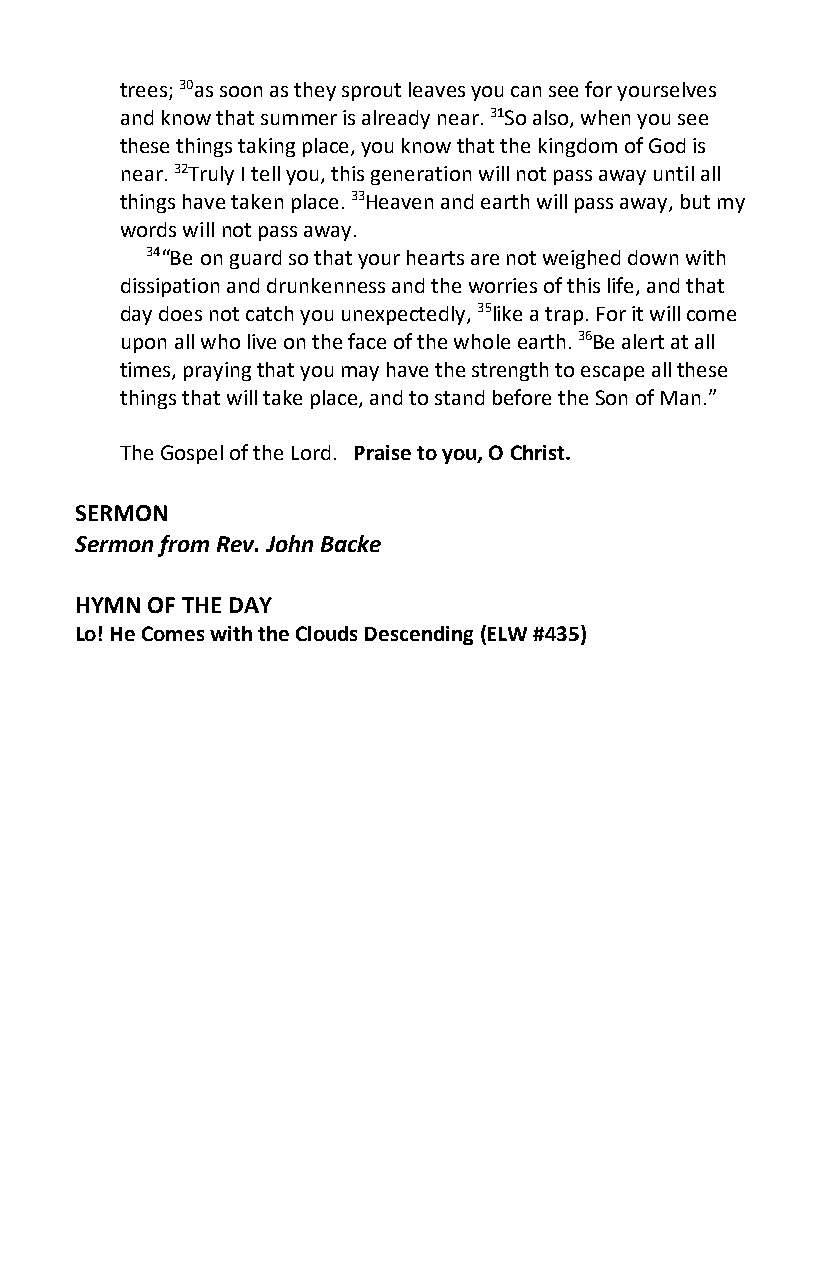
trees; 30as soon as they sprout leaves you can see for yourselves
 and know that summer is already near. 31So also, when you see
 these things taking place, you know that the kingdom of God is
 near. 32Truly I tell you, this generation will not pass away until all
 things have taken place. 33Heaven and earth will pass away, but my
 words will not pass away.
 34“Be on guard so that your hearts are not weighed down with
 dissipation and drunkenness and the worries of this life, and that
 day does not catch you unexpectedly, 35like a trap. For it will come
 upon all who live on the face of the whole earth. 36Be alert at all
 times, praying that you may have the strength to escape all these
 things that will take place, and to stand before the Son of Man.”
 The Gospel of the Lord. Praise to you, O Christ.
 SERMON
 Sermon from Rev. John Backe
 HYMN OF THE DAY
 Lo! He Comes with the Clouds Descending (ELW #435)